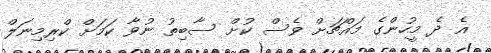
އެ ދެ މީހުންގެ މައްޗަށް ވެސް ކުށް ސާބިތު ނުވާ ކަމަށް ކްރިމިނަލް